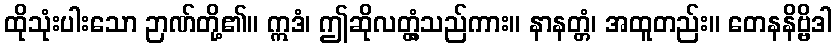
ထိုသုံးပါးသော ဉာဏ်တို့၏။ ဣဒံ၊ ဤဆိုလတ္တံ့သည်ကား။ နာနတ္တံ၊ အထူတည်း။ တေနနိဗ္ဗိဒါ